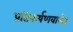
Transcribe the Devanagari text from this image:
प्रतिकर्षणवाले।